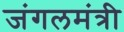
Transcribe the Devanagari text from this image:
जंगलमंत्री